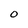
Character: O